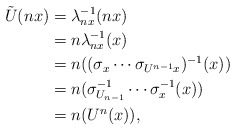
\begin{align*}\tilde{U}(nx) &= \lambda_{nx}^{-1}(nx)\\&= n\lambda_{nx}^{-1}(x)\\&= n((\sigma_{x}\cdots\sigma_{U^{n-1}x})^{-1}(x))\\&= n(\sigma_{U_{n-1}}^{-1}\cdots\sigma_{x}^{-1}(x))\\&= n(U^{n}(x)),\end{align*}